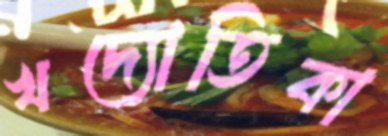
খদ্যোতিকা